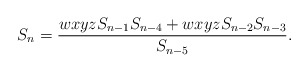
\begin{align*} S_n=\frac{wxyz S_{n-1}S_{n-4}+wxyz S_{n-2}S_{n-3}}{S_{n-5}}. \end{align*}